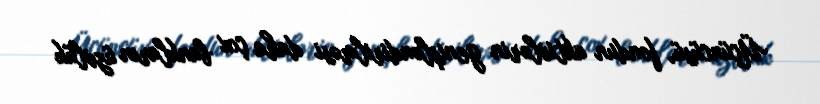
Üçüncüsü, fondun aktivlərin genişləndirilməsi daha çox bankların üzvlük